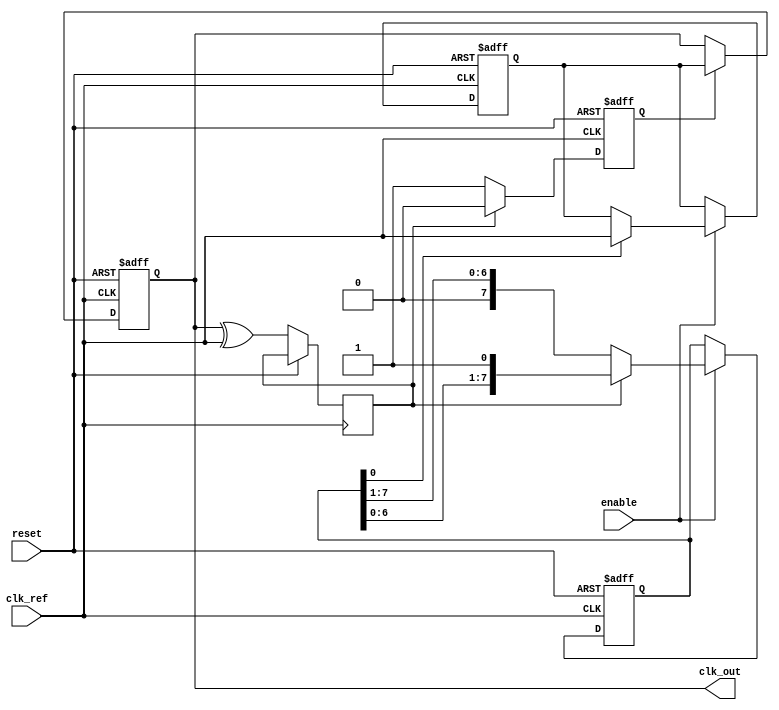
module MemoryBlocksDLL (
    input wire clk_ref,          // Reference clock input
    output wire clk_out,         // Output clock after delay adjustments
    input wire reset,            // Reset signal
    input wire enable            // Enable signal for the DLL
);

    // Parameters for delay line
    parameter NUM_DELAY_ELEMENTS = 8;
    parameter DELAY_WIDTH = 1;   // Width of each delay element

    // Signals
    wire [NUM_DELAY_ELEMENTS-1:0] delay_elements;  // Delay elements
    wire [NUM_DELAY_ELEMENTS-1:0] delay_select;    // Control signals for delay elements
    reg [NUM_DELAY_ELEMENTS-1:0] delay_line;        // Actual delay line
    wire phase_error;                              // Phase error signal
    reg phase_locked;                               // Lock status
    reg clk_out_reg;                               // Buffered output clock

    // Phase Detector
    // Compare input clock with delayed clock
    always @(posedge clk_ref or posedge reset) begin
        if (reset) begin
            phase_locked <= 1'b0;
        end else begin
            // Simple phase error detection logic (for demonstration)
            phase_error <= clk_out_reg ^ clk_ref;
            if (phase_error == 1'b0) begin
                phase_locked <= 1'b1;  // Locked state
            end else begin
                phase_locked <= 1'b0;  // Unlocked state
            end
        end
    end

    // Delay Line Implementation
    genvar i;
    generate
        for (i = 0; i < NUM_DELAY_ELEMENTS; i = i + 1) begin: delay_elements_gen
            // Simple delay element using register
            always @(posedge clk_ref or posedge reset) begin
                if (reset) begin
                    delay_line[i] <= {DELAY_WIDTH{1'b0}};
                end else if (enable) begin
                    // Control logic to select the appropriate delay element
                    if (delay_select[i]) begin
                        delay_line[i] <= clk_ref;  // Example delay logic
                    end
                end
            end
        end
    endgenerate

    // Output Clock Buffer
    always @(posedge clk_ref or posedge reset) begin
        if (reset) begin
            clk_out_reg <= 1'b0;
        end else if (phase_locked) begin
            clk_out_reg <= delay_line[0]; // Example to output from the first delay element
        end
    end

    assign clk_out = clk_out_reg;

    // Control Logic to adjust delay
    always @(posedge clk_ref or posedge reset) begin
        if (reset) begin
            delay_select <= {NUM_DELAY_ELEMENTS{1'b0}}; // Reset all delay selects
        end else if (enable) begin
            // Example control logic (simple implementation)
            // Here you would typically implement a more sophisticated control
            // structure to enable/disable delay elements based on phase_error
            if (phase_error) begin
                delay_select <= {delay_select[NUM_DELAY_ELEMENTS-2:0], 1'b1}; // Shift left on error
            end else begin
                delay_select <= {1'b0, delay_select[NUM_DELAY_ELEMENTS-1:1]}; // Shift right on lock
            end
        end
    end

endmodule